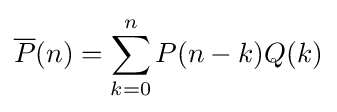
{\overline {P}}(n)=\sum _{k=0}^{n}P(n-k)Q(k)